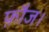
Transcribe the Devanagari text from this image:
फ़ौज।